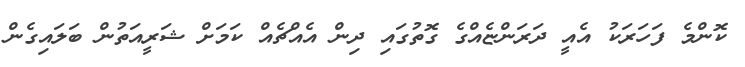
ކޮންމެ ފަހަރަކު އެއީ ދަރަންޏެއްގެ ގޮތުގައި ދިން އެއްޗެއް ކަމަށް ޝަރީއަތުން ބަލައިގެން